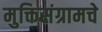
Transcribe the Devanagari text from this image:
मुक्तिसंग्रामचे